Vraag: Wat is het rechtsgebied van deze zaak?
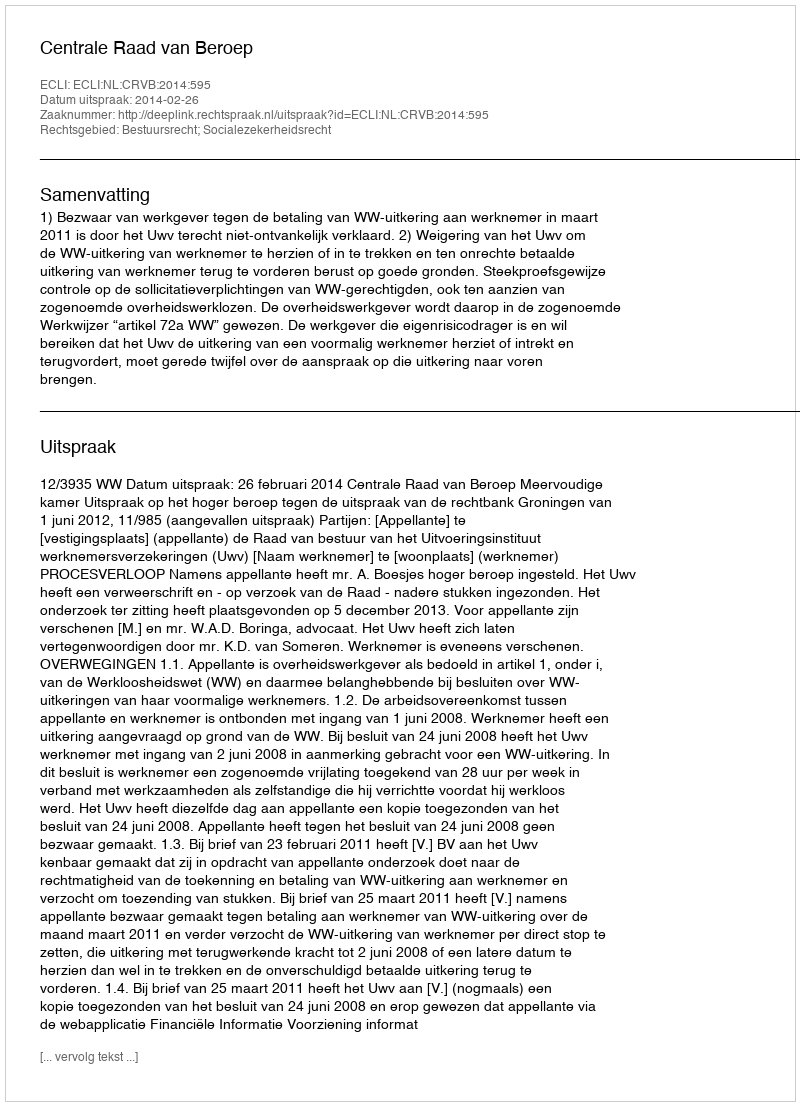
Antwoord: Bestuursrecht; Socialezekerheidsrecht